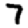
Digit: 7